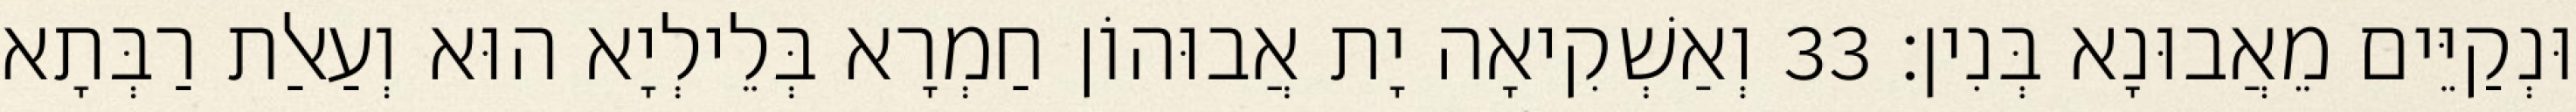
וּנְקַיֵּים מֵאֲבוּנָא בְּנִין׃ 33 וְאַשְׁקִיאָה יָת אֲבוּהוֹן חַמְרָא בְּלֵילְיָא הוּא וְעַאלַת רַבְּתָא